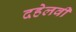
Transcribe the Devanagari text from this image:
दहेलवी